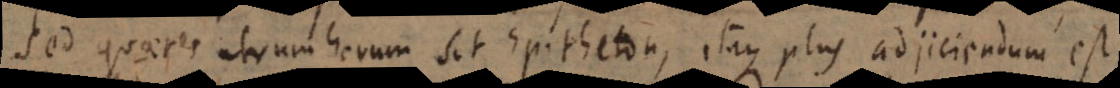
Sed quaeres utrum horum sit Epitheton, itaque plus adjiciendum est.